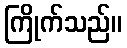
ကြိုက်သည်။